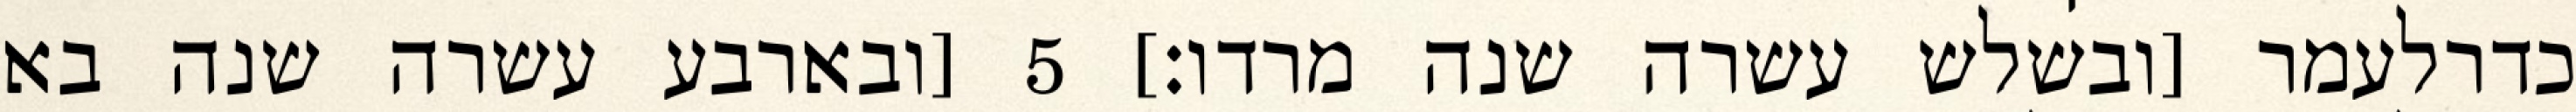
כדרלעמר [ובשלש עשרה שנה מרדו׃] ‎5‏ [ובארבע עשרה שנה בא